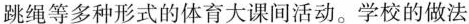
跳绳等多种形式的体育大课间活动。学校的做法